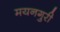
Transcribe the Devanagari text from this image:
मयनगुरी